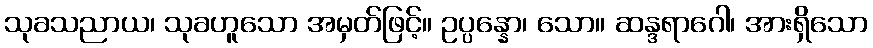
သုခသညာယ၊ သုခဟူသော အမှတ်ဖြင့်။ ဥပ္ပန္နော၊ သော။ ဆန္ဒရာဂေါ၊ အားရှိသော